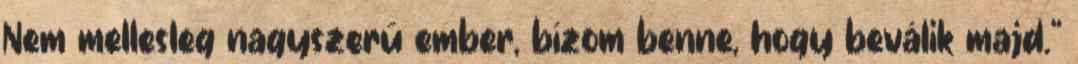
Nem mellesleg nagyszerű ember, bízom benne, hogy beválik majd.”